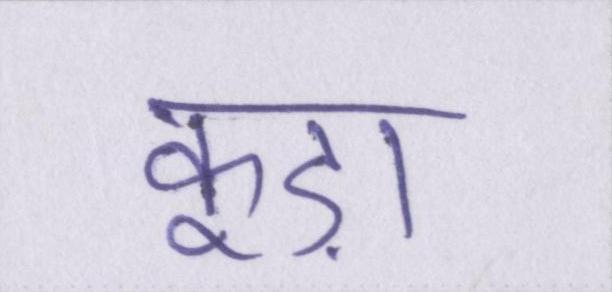
कूड़ा